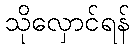
သိုလှောင်ရန်